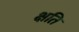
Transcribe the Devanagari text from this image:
क्षति